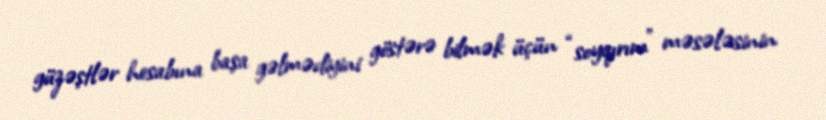
güzəştlər hesabına başa gəlmədiyini göstərə bilmək üçün “soyqırım” məsələsinin